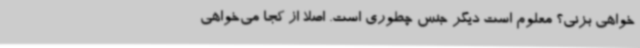
‌خواهی بزنی؟ معلوم است دیگر جنس چطوری است. اصلاً از کجا می‌خواهی